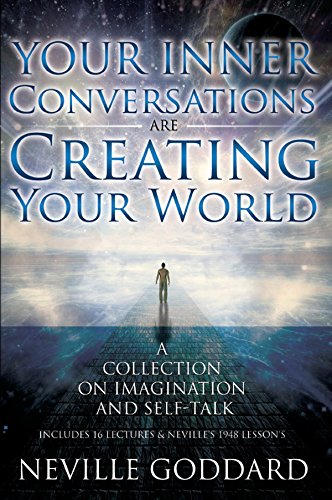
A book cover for Your Inner Conversations Are Creating Your World; Neville Goddard; Christian Books & Bibles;